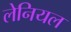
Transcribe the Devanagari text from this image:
लेनियल